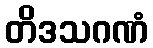
တိဒသဂဏံ